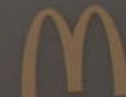
M